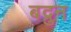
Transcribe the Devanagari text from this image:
बद्रुन